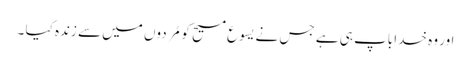
اور وہ خدا باپ ہی ہے جس نے یسوع مسیح کو مُردوں میں سے زندہ کیا ۔